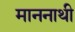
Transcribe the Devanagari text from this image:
माननाथी